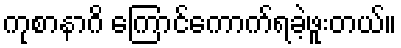
ကုစာနာဂိ ကြောင်ကောက်ရခဲ့ဖူးတယ်။